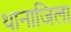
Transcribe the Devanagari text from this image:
थानाजिला